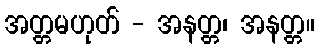
အတ္တမဟုတ် - အနတ္တ၊ အနတ္တ။